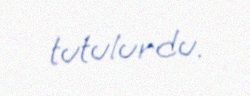
tutulurdu.